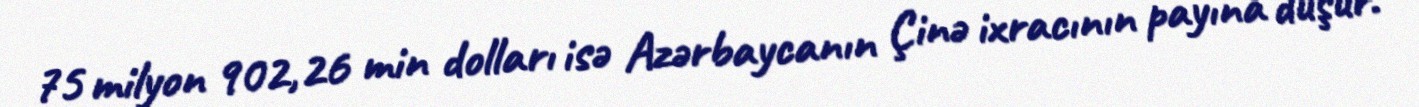
75 milyon 902,26 min dolları isə Azərbaycanın Çinə ixracının payına düşür.